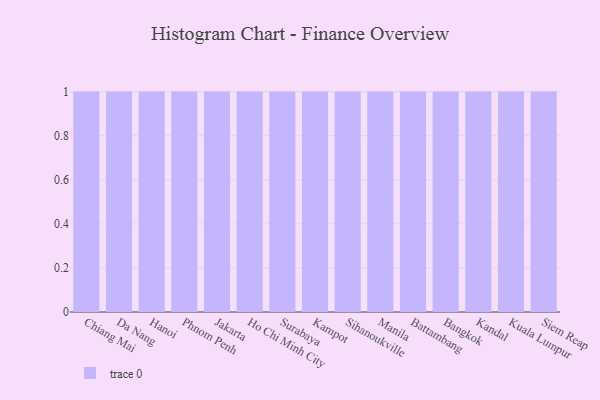
{"axis": {"x": "City", "y": "Tickets Resolved"}, "legend": [""], "data": [{"x": "Chiang Mai", "y": 50, "type": ""}, {"x": "Da Nang", "y": 15, "type": ""}, {"x": "Hanoi", "y": 81, "type": ""}, {"x": "Phnom Penh", "y": 15, "type": ""}, {"x": "Jakarta", "y": 69, "type": ""}, {"x": "Ho Chi Minh City", "y": 27, "type": ""}, {"x": "Surabaya", "y": 44, "type": ""}, {"x": "Kampot", "y": 20, "type": ""}, {"x": "Sihanoukville", "y": 14, "type": ""}, {"x": "Manila", "y": 67, "type": ""}, {"x": "Battambang", "y": 83, "type": ""}, {"x": "Bangkok", "y": 16, "type": ""}, {"x": "Kandal", "y": 41, "type": ""}, {"x": "Kuala Lumpur", "y": 3, "type": ""}, {"x": "Siem Reap", "y": 63, "type": ""}]}